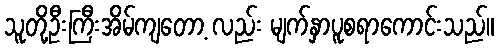
သူတို့ဦးကြီးအိမ်ကျတော့ လည်း မျက်နှာပူစရာကောင်းသည်။